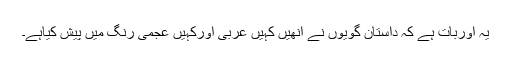
یہ اوربات ہے کہ داستان گویوں نے انھیں کہیں عربی اورکہیں عجمی رنگ میں پیش کیاہے۔